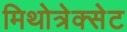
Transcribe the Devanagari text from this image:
मिथोत्रेक्सेट